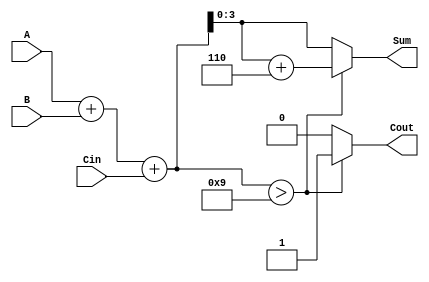
module BCD_Conditional_Adder (
    input [3:0] A,      // First BCD digit
    input [3:0] B,      // Second BCD digit
    input Cin,          // Carry input
    output reg [3:0] Sum, // BCD sum output
    output reg Cout      // Carry output
);

    wire [4:0] Sum_temp; // Temporary sum (5 bits to accommodate carry)
    
    // Calculate the initial sum
    assign Sum_temp = A + B + Cin;

    always @(*) begin
        // Check if the temporary sum exceeds 9
        if (Sum_temp > 9) begin
            Sum = Sum_temp + 6; // Apply BCD correction
            Cout = 1;           // Set carry out
        end else begin
            Sum = Sum_temp;     // No correction needed
            Cout = 0;           // No carry out
        end
    end

endmodule